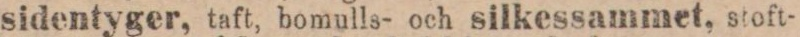
sidentyger, taft, bomulls- och silkessammet, stoft-